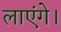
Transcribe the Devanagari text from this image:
लाएंगे।